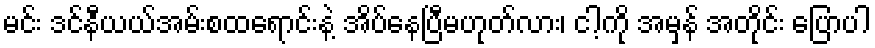
မင်း ဒင်နီယယ်အမ်းစထရောင်းနဲ့ အိပ်နေပြီမဟုတ်လား၊ ငါ့ကို အမှန် အတိုင်း ပြောပါ